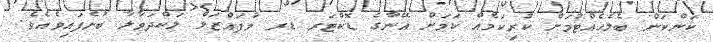
ކަންކަން ބެލެހެއްޓުމަށް ކުރިކަމެއް ކަމަށް އޭނާގެ ޑޮކްޓަރ ޑރ މުފައްޒަލް ލަކްދަވާލާ ބުނެފައިވެއެވެ.